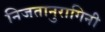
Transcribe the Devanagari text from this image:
निजतानुरागिनी